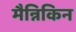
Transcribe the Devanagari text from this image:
मैन्निकिन